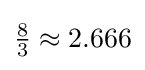
{\tfrac {8}{3}}\approx 2.666